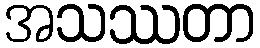
အသဿတာ